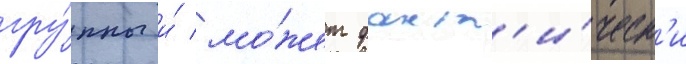
гру́ппы и́ мо́жет факт'и́ческ'и